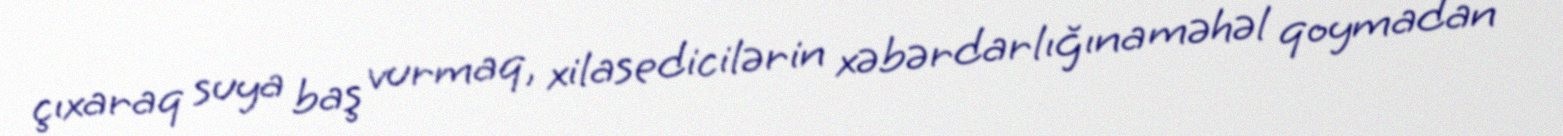
çıxaraq suya baş vurmaq, xilasedicilərin xəbərdarlığına məhəl qoymadan